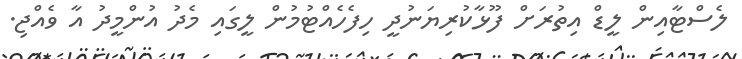
ލެސްޓާއިން ލީޑް އިތުރަށް ފޫޅާކުރިޔަނުދީ ހިފެހެއްޓުމުން ލީގައި މެދު އުންމީދު އާ ވެއްޖި.